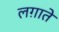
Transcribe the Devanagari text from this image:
लग़ाते